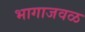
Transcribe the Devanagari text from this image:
भागाजवळ